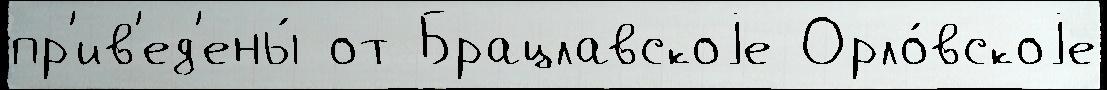
пр'ив'ед'ены́ от Брацлавскоjе Орло́вскоjе